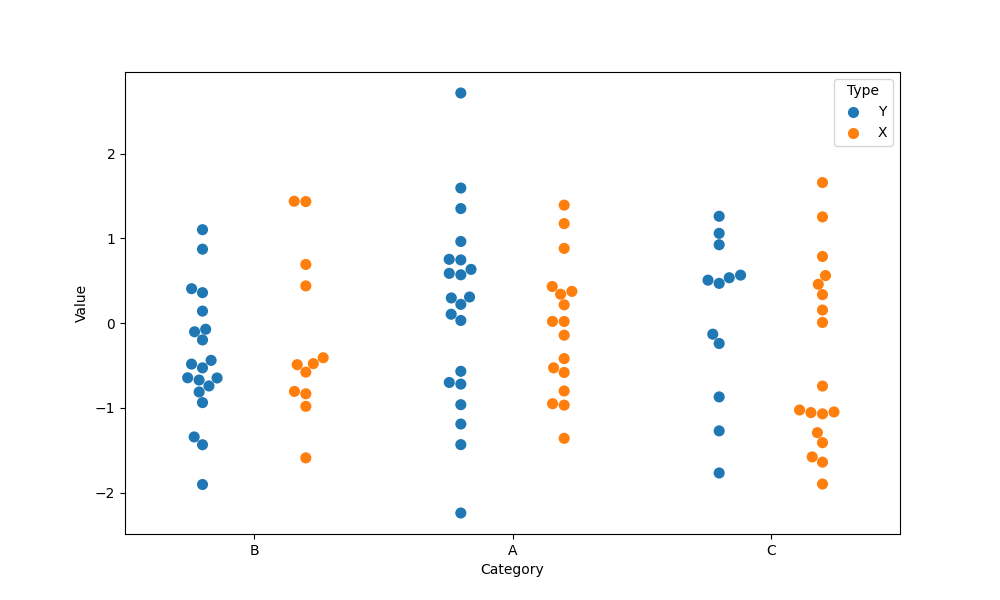
python, seaborn, swarmplot, dodge=True, alpha=1.0, size=8